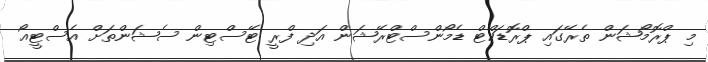
މި ޕްރޮމޯޝަން ތެރޭގައި ޕްރޮޑަކްޓް ޑެމޯންސްޓްރޭޝަން އަދި ފްރީ ޓޭސްޓިން ސެޝަންތަށް އެސްޓީއޯ